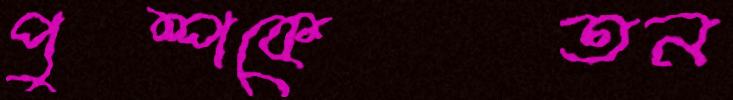
পুষ্পকেতন